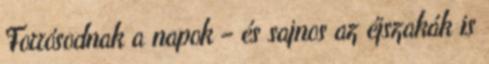
Forrósodnak a napok – és sajnos az éjszakák is